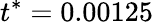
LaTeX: t^{*}=0.00125